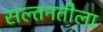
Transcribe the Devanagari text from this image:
सल्तनतीला